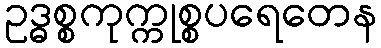
ဥဒ္ဓစ္စကုက္ကုစ္စပရေတေန